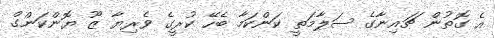
އެ ގޮތުން ޗައިނާގެ ސަލާމަތީ ކަންކަމާ ބެހޭ ކުރީގެ ވެރިޔާ ޒޫ ޔޮންކަންގް